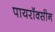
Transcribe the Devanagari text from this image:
पायरॉक्सीन